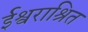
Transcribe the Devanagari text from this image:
ईश्वराश्रित